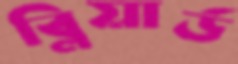
ব্লিয়ার্ড